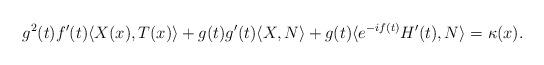
LaTeX: \begin{align*}g^{2}(t)f'(t)\langle X(x),T(x)\rangle +g(t)g'(t)\langle X,N\rangle+g(t)\langle e^{-if(t)}H'(t),N\rangle = \kappa(x).\end{align*}